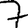
Digit: 7